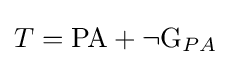
T={\text{PA}}+\neg {\text{G}}_{PA}